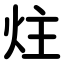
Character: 炷